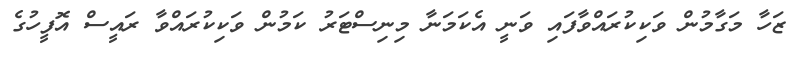
ޒަހާ މަގާމުން ވަކިކުރައްވާފައި ވަނީ އެކަމަނާ މިނިސްޓަރު ކަމުން ވަކިކުރައްވާ ރައީސް އޮފީހުގެ